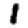
Digit: 1